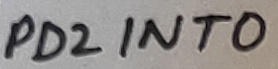
Text: PD2 INT0